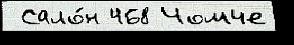
 Сало́н 468 Чомче